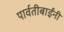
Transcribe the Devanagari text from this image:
पार्वतीबाईंनी